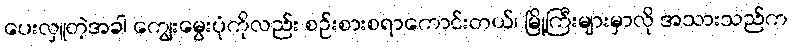
ပေးလှူတဲ့အခါ ကျွေးမွေးပုံကိုလည်း စဉ်းစားစရာကောင်းတယ်၊ မြို့ကြီးများမှာလို အသားသည်က